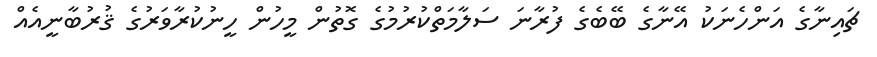
ޗައިނާގެ އަންހެނަކު އޭނާގެ ބޭބެގެ ފުރާނަ ސަލާމަތްކުރުމުގެ ގޮތުން މީހުން ހީނުކުރާވަރުގެ ޤުރުބާނީއެއް